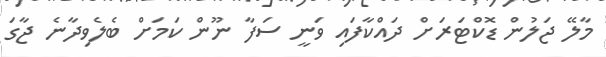
މާލޭ ޖަލުން ޑޮކްޓަރަށް ދައްކާފައި ވަނީ ސަފާ ނޫން ކަމަށް ބެލެވިދާނެ ޖާގަ